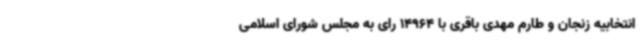
انتخابیه زنجان و طارم مهدی باقری با 14964 رای به مجلس شورای اسلامی